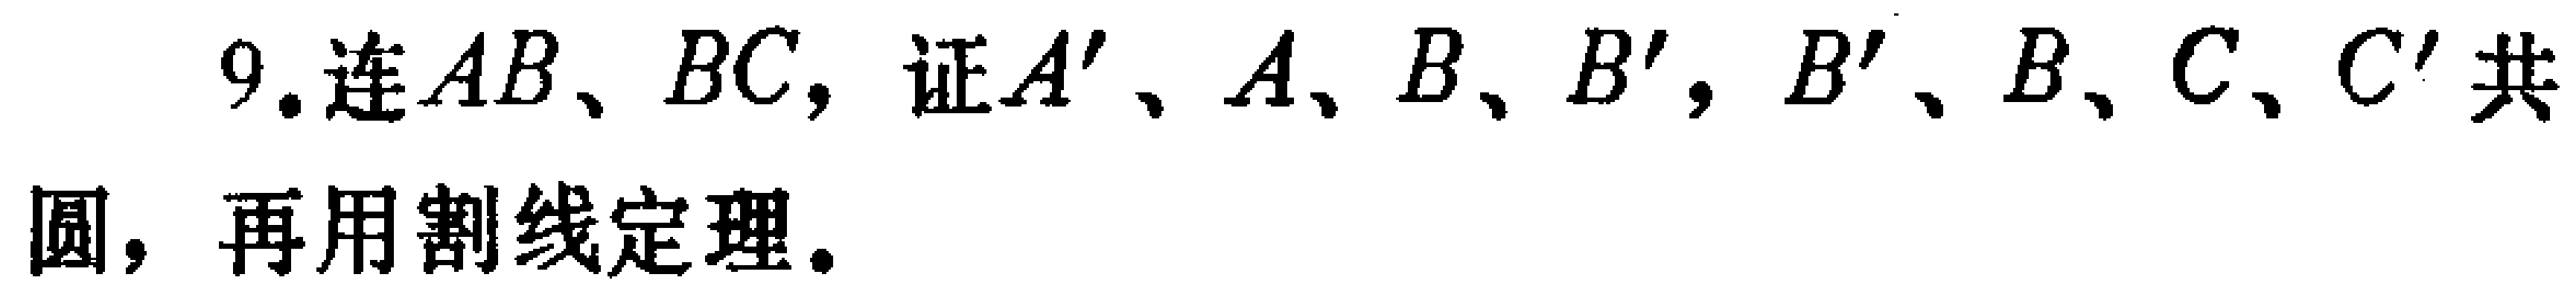
9.连$AB、BC,$证$A'、A、B、B'$，$B'、B、C、C'$共圆，再用割线定理。